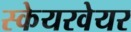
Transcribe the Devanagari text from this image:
स्केयरवेयर